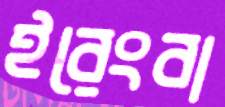
ইরেংবা